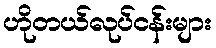
ဟိုတယ်လုပ်ငန်းများ